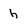
Character: h